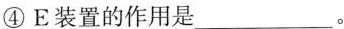
④E装置的作用是___。